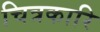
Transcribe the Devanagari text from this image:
चित्रकारि